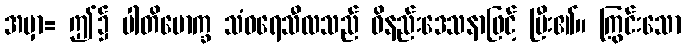
အမှာ= ဤ၌ ပါတိမောက္ခ သံဝရေသီလသည် ဝိနည်းဒေသနာဖြင့် ပြီး၏။ ကြွင်းသော